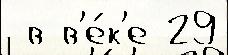
 в в'е́к'е 29